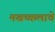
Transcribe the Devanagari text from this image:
मखच्कलाचे